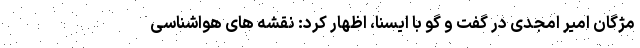
مژگان امیر امجدی در گفت و گو با ایسنا، اظهار کرد: نقشه های هواشناسی